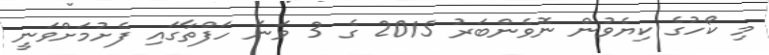
މި ކޯހުގެ ކިޔެވުން ނޮވެންބަރު 2015 ގެ 3 ވަނަ ހަފްތާގައި ފެށުމަށްވަނީ